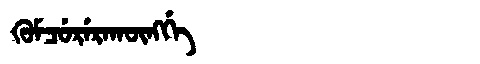
Manchu: ᡴᡠᠮᠴᡠᡵᡝᡵᠠᡴᡡᠩᡤᡝ
Romanization: KUMCURERAKŪNGGE